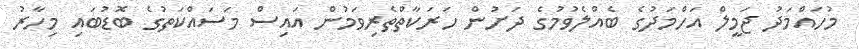
މުހައްމަދު ޖަމީލް އަހްމަދުގެ ބެއްލެވުމުގެ ދަށުން ހަރަކާތްތެރިވަމުން އައިސް މަސައްކަތުގެ ބޮޑުބައި މިހާރު